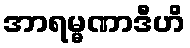
အာရမ္မဏာဒီဟိ